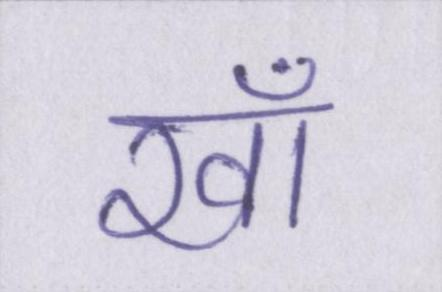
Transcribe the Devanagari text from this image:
खाँ